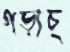
গড়াচ্